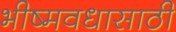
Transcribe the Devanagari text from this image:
भीष्मवधासाठी